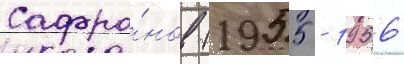
Сафро́нов (1955 - 1956